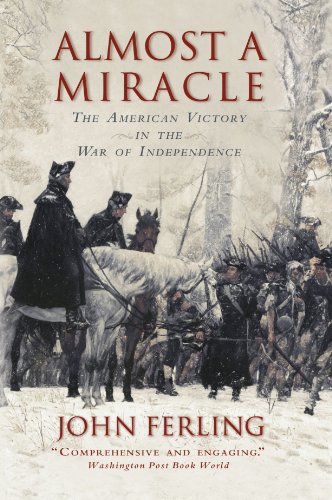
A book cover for Almost A Miracle: The American Victory in the War of Independence; John Ferling; History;